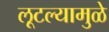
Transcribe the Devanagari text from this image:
लूटल्यामुळे